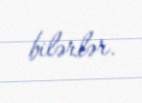
bilərlər.